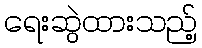
ရေးဆွဲထားသည့်